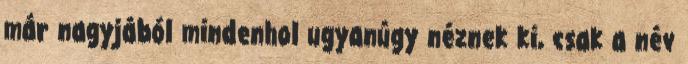
már nagyjából mindenhol ugyanúgy néznek ki, csak a név